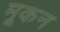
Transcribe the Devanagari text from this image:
मूकन